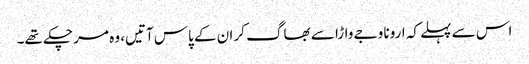
اس سے پہلے کہ ارونا وجے واڑا سے بھاگ کر ان کے پاس آتیں، وہ مر چکے تھے۔